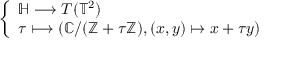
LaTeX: \left\{ \begin{array} { l l } { \mathbb { H } \longrightarrow T ( \mathbb { T } ^ { 2 } ) } \\ { \tau \longmapsto ( \mathbb { C } / ( \mathbb { Z } + \tau \mathbb { Z } ) , ( x , y ) \mapsto x + \tau y ) } \end{array} \right.